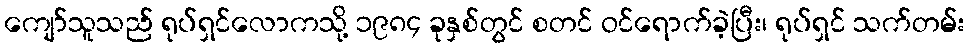
ကျော်သူသည် ရုပ်ရှင်လောကသို့ ၁၉၈၄ ခုနှစ်တွင် စတင် ဝင်ရောက်ခဲ့ပြီး၊ ရုပ်ရှင် သက်တမ်း